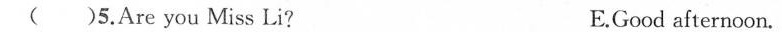
（ ）5. Are you Miss Li? E.Good afternoon.